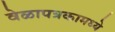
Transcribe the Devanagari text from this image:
वेळापत्रकामध्ये